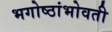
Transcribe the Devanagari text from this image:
भगोष्ठांभोवती